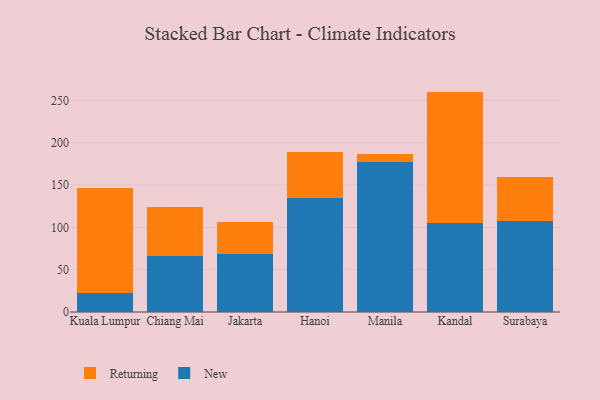
{"axis": {"x": "City", "y": "Active Users"}, "legend": ["New", "Returning"], "data": [{"x": "Kuala Lumpur", "y": 22.1, "type": "New"}, {"x": "Kuala Lumpur", "y": 124.1, "type": "Returning"}, {"x": "Chiang Mai", "y": 66.0, "type": "New"}, {"x": "Chiang Mai", "y": 58.1, "type": "Returning"}, {"x": "Jakarta", "y": 68.2, "type": "New"}, {"x": "Jakarta", "y": 38.5, "type": "Returning"}, {"x": "Hanoi", "y": 134.6, "type": "New"}, {"x": "Hanoi", "y": 53.8, "type": "Returning"}, {"x": "Manila", "y": 176.8, "type": "New"}, {"x": "Manila", "y": 9.6, "type": "Returning"}, {"x": "Kandal", "y": 104.6, "type": "New"}, {"x": "Kandal", "y": 155.7, "type": "Returning"}, {"x": "Surabaya", "y": 106.9, "type": "New"}, {"x": "Surabaya", "y": 53.0, "type": "Returning"}]}